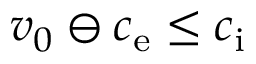
v _ { 0 } \ominus c _ { \mathrm { e } } \le c _ { \mathrm { i } }